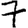
Digit: 7